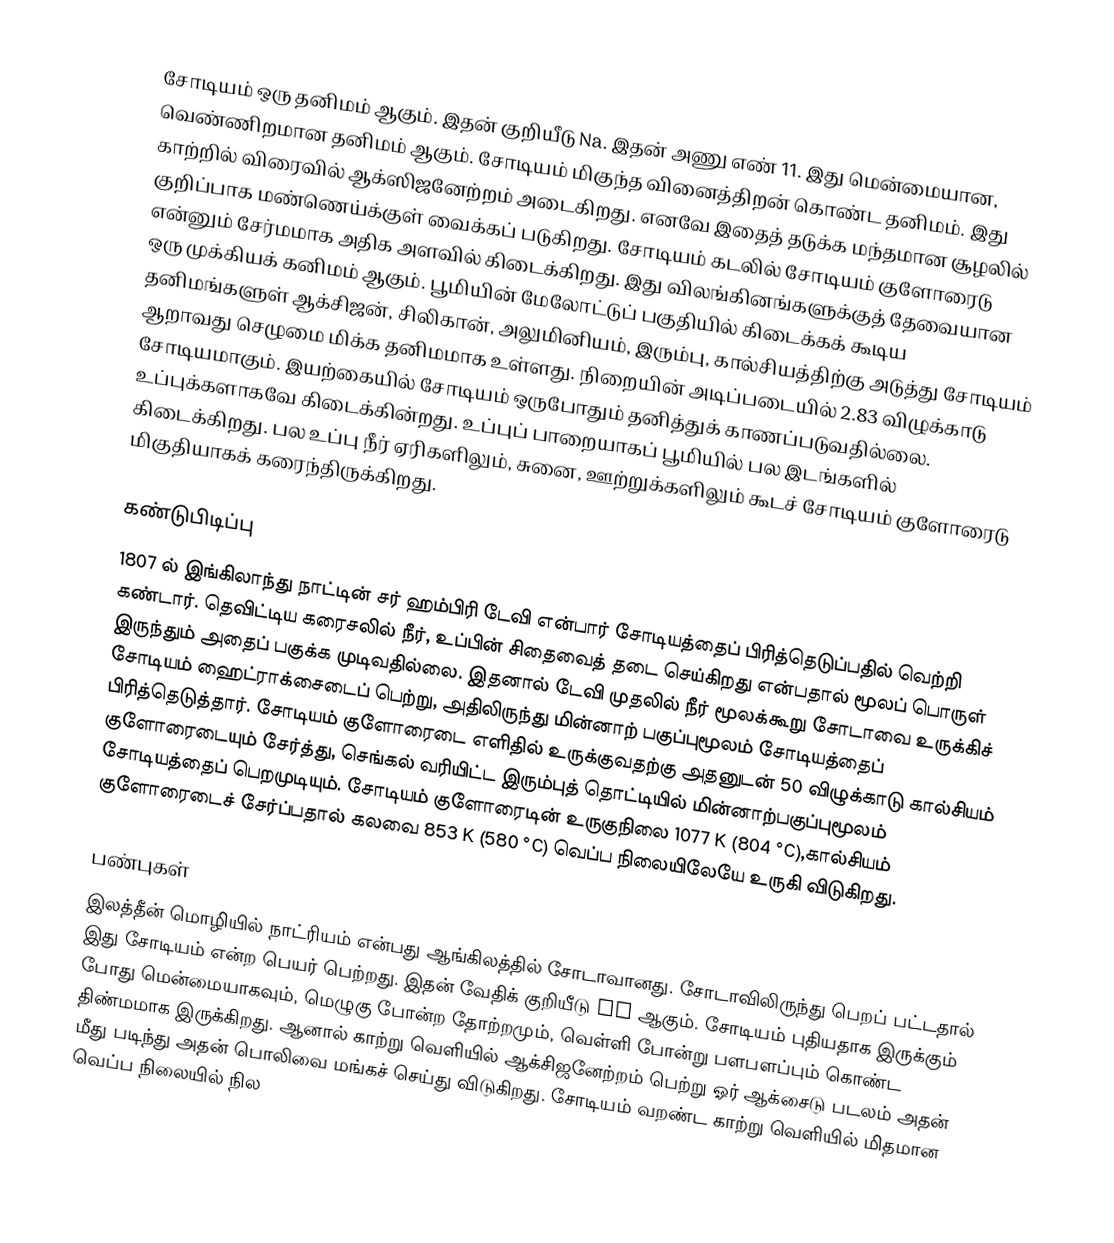
சோடியம் ஒரு தனிமம் ஆகும். இதன் குறியீடு Na. இதன் அணு எண் 11. இது மென்மையான, வெண்ணிறமான தனிமம் ஆகும். சோடியம் மிகுந்த வினைத்திறன் கொண்ட தனிமம். இது காற்றில் விரைவில் ஆக்ஸிஜனேற்றம் அடைகிறது. எனவே இதைத் தடுக்க மந்தமான சூழலில் குறிப்பாக மண்ணெய்க்குள் வைக்கப் படுகிறது. சோடியம் கடலில் சோடியம் குளோரைடு என்னும் சேர்மமாக அதிக அளவில் கிடைக்கிறது. இது விலங்கினங்களுக்குத் தேவையான ஒரு முக்கியக் கனிமம் ஆகும். பூமியின் மேலோட்டுப் பகுதியில் கிடைக்கக் கூடிய தனிமங்களுள் ஆக்சிஜன், சிலிகான், அலுமினியம், இரும்பு, கால்சியத்திற்கு அடுத்து சோடியம் ஆறாவது செழுமை மிக்க தனிமமாக உள்ளது. நிறையின் அடிப்படையில் 2.83 விழுக்காடு சோடியமாகும். இயற்கையில் சோடியம் ஒருபோதும் தனித்துக் காணப்படுவதில்லை. உப்புக்களாகவே கிடைக்கின்றது. உப்புப் பாறையாகப் பூமியில் பல இடங்களில் கிடைக்கிறது. பல உப்பு நீர் ஏரிகளிலும், சுனை, ஊற்றுக்களிலும் கூடச் சோடியம் குளோரைடு மிகுதியாகக் கரைந்திருக்கிறது.

கண்டுபிடிப்பு
1807 ல் இங்கிலாந்து நாட்டின் சர் ஹம்பிரி டேவி என்பார் சோடியத்தைப் பிரித்தெடுப்பதில் வெற்றி கண்டார். தெவிட்டிய கரைசலில் நீர், உப்பின் சிதைவைத் தடை செய்கிறது என்பதால் மூலப் பொருள் இருந்தும் அதைப் பகுக்க முடிவதில்லை. இதனால் டேவி முதலில் நீர் மூலக்கூறு சோடாவை உருக்கிச் சோடியம் ஹைட்ராக்சைடைப் பெற்று, அதிலிருந்து மின்னாற் பகுப்புமூலம் சோடியத்தைப் பிரித்தெடுத்தார். சோடியம் குளோரைடை எளிதில் உருக்குவதற்கு அதனுடன் 50 விழுக்காடு கால்சியம் குளோரைடையும் சேர்த்து, செங்கல் வரியிட்ட இரும்புத் தொட்டியில் மின்னாற்பகுப்புமூலம் சோடியத்தைப் பெறமுடியும். சோடியம் குளோரைடின் உருகுநிலை 1077 K (804 °C),கால்சியம் குளோரைடைச் சேர்ப்பதால் கலவை 853 K (580 °C) வெப்ப நிலையிலேயே உருகி விடுகிறது.

பண்புகள்
இலத்தீன் மொழியில் நாட்ரியம் என்பது ஆங்கிலத்தில் சோடாவானது. சோடாவிலிருந்து பெறப் பட்டதால் இது சோடியம் என்ற பெயர் பெற்றது.  இதன் வேதிக் குறியீடு Na ஆகும். சோடியம் புதியதாக இருக்கும் போது மென்மையாகவும், மெழுகு போன்ற தோற்றமும், வெள்ளி போன்று பளபளப்பும் கொண்ட திண்மமாக இருக்கிறது. ஆனால் காற்று வெளியில் ஆக்சிஜனேற்றம் பெற்று ஓர் ஆக்சைடு படலம் அதன் மீது படிந்து அதன் பொலிவை மங்கச் செய்து விடுகிறது. சோடியம் வறண்ட காற்று வெளியில் மிதமான வெப்ப நிலையில் நில